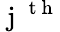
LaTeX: \mathrm{~j~}^{\mathrm{~t~h~}}